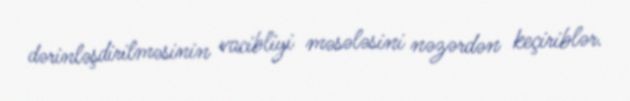
dərinləşdirilməsinin vacibliyi məsələsini nəzərdən keçiriblər.